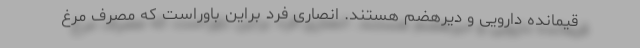
قیمانده دارویی و دیرهضم هستند. انصاری فرد براین باوراست که مصرف مرغ